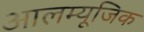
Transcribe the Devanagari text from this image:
आलम्यूजिक